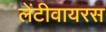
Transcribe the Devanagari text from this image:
लेंटीवायरस